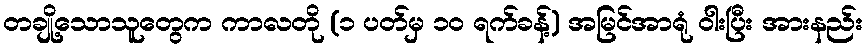
တချို့သောသူတွေက ကာလတို (၁ ပတ်မှ ၁၀ ရက်ခန့်) အမြင်အာရုံ ဝါးပြီး အားနည်း